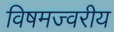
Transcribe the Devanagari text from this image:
विषमज्वरीय